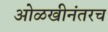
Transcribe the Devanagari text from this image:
ओळखीनंतरच